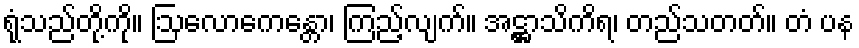
ရုံသည်တို့ကို။ ဩလောကေန္တော၊ ကြည့်လျက်။ အဋ္ဌာသိကိရ၊ တည်သတတ်။ တံ ပန